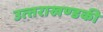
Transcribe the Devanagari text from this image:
उत्‍तराखण्‍डकी